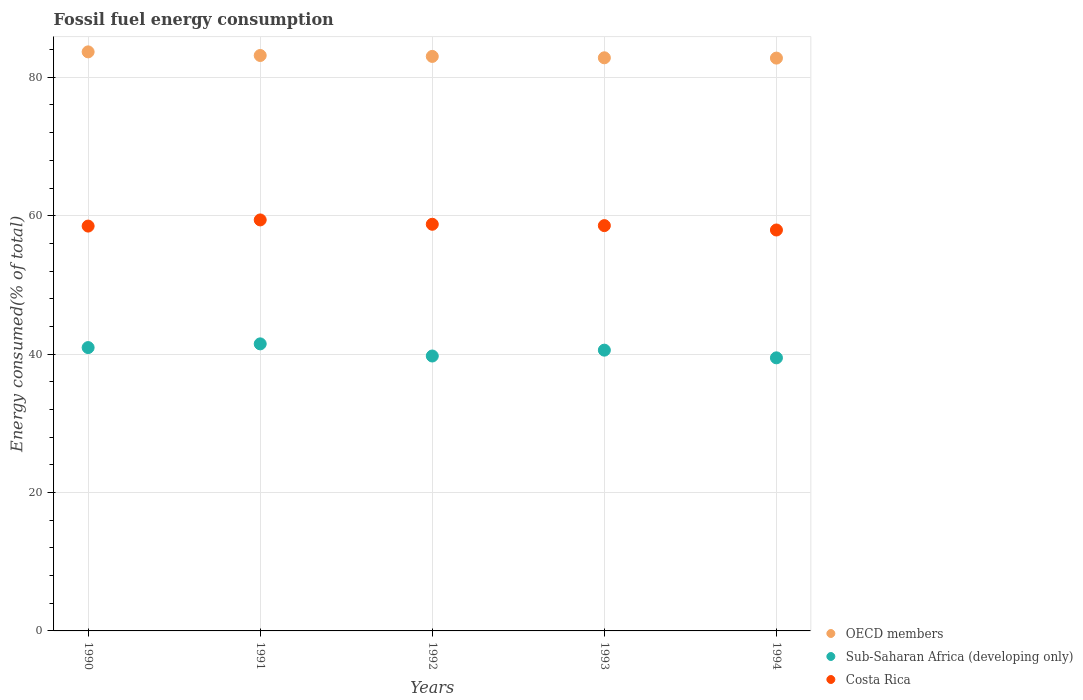
| Years | OECD members | Sub-Saharan Africa (developing only) | Costa Rica |
 | --- | --- | --- | --- |
 | 1990 | 83.7 | 40.9 | 58.5 |
 | 1991 | 83.2 | 41.5 | 59.4 |
 | 1992 | 83 | 39.7 | 58.8 |
 | 1993 | 82.8 | 40.6 | 58.6 |
 | 1994 | 82.8 | 39.5 | 57.9 |